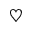
\heartsuit